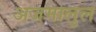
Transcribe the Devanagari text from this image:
अजमालुल